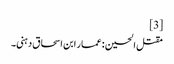
[3]
مقتل الحسین : عمار ابن اسحاق دہنی۔